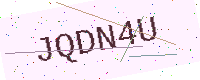
Text: JQDN4U